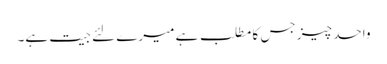
واحد چیز جس کا مطلب ہے میرے لئے جیت ہے۔